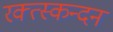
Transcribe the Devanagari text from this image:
रक्त्स्कन्दन